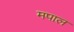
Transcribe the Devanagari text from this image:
मपाल